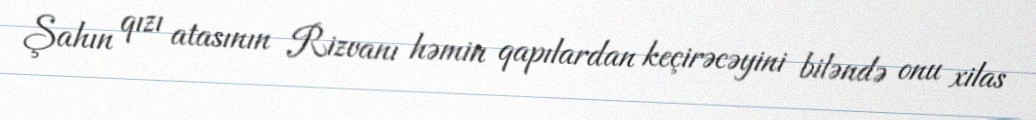
Şahın qızı atasının Rizvanı həmin qapılardan keçirəcəyini biləndə onu xilas